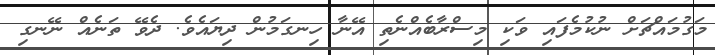
މަގުމައްޗަށް ނުކުމެފައި ވަކި މިސްރާބެއްނެތި އޭނާ ހިނގަމުން ދިޔައެވެ. ދެވޭ ތަނެއް ނޭނގި